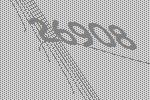
26908